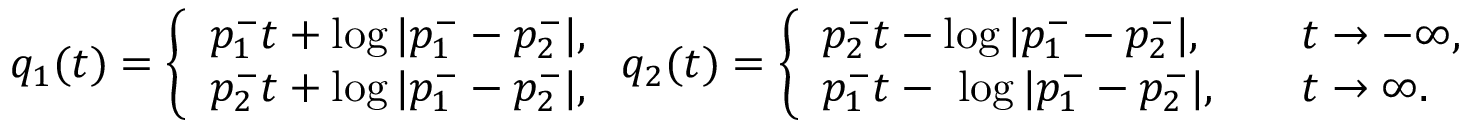
q _ { 1 } ( t ) = \left\{ \begin{array} { l l } { p _ { 1 } ^ { - } t + \log | p _ { 1 } ^ { - } - p _ { 2 } ^ { - } | , } \\ { p _ { 2 } ^ { - } t + \log | p _ { 1 } ^ { - } - p _ { 2 } ^ { - } | , } \end{array} \right. q _ { 2 } ( t ) = \left\{ \begin{array} { l l } { p _ { 2 } ^ { - } t - \log | p _ { 1 } ^ { - } - p _ { 2 } ^ { - } | , } & { \quad t \to - \infty , } \\ { p _ { 1 } ^ { - } t - \ \log | p _ { 1 } ^ { - } - p _ { 2 } ^ { - } | , } & { \quad t \to \infty . } \end{array} \right.